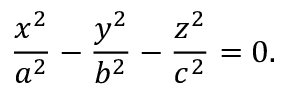
{ \frac { x ^ { 2 } } { a ^ { 2 } } } - { \frac { y ^ { 2 } } { b ^ { 2 } } } - { \frac { z ^ { 2 } } { c ^ { 2 } } } = 0 .